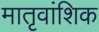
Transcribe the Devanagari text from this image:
मातृवांशिक